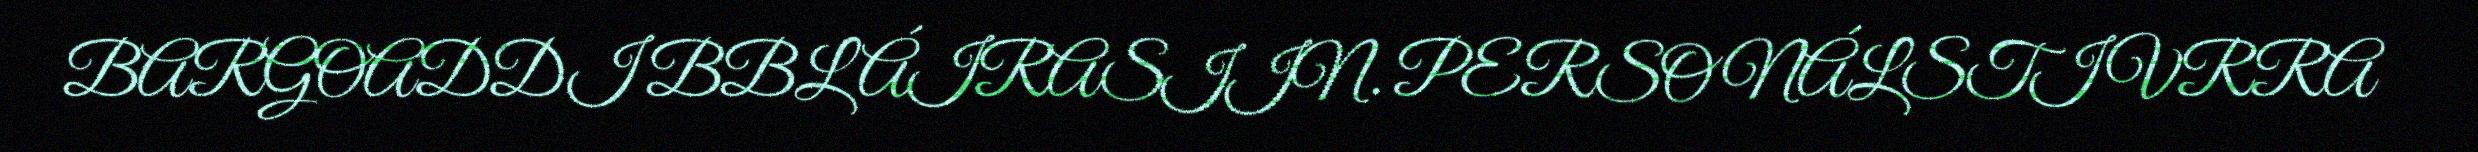
BARGOADDI BBL ÁIRASIIN. PERSONÁLSTIVRRA